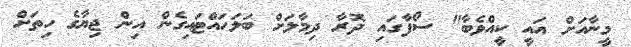
މީނާއަށް އައީ ކީއްވެބާ" ސޯފާގައި ދޮރާ ދިމާލަށް ބަލަހައްޓައިގެން އިން ޖިޔާގެ ހިތަށް